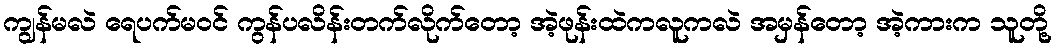
ကျွန်မလဲ ရေပက်မ၀င် ကွန်ပလိန်းတက်လိုက်တော့ အဲ့ဖုန်းထဲကလူကလဲ အမှန်တော့ အဲ့ကားက သူတို့